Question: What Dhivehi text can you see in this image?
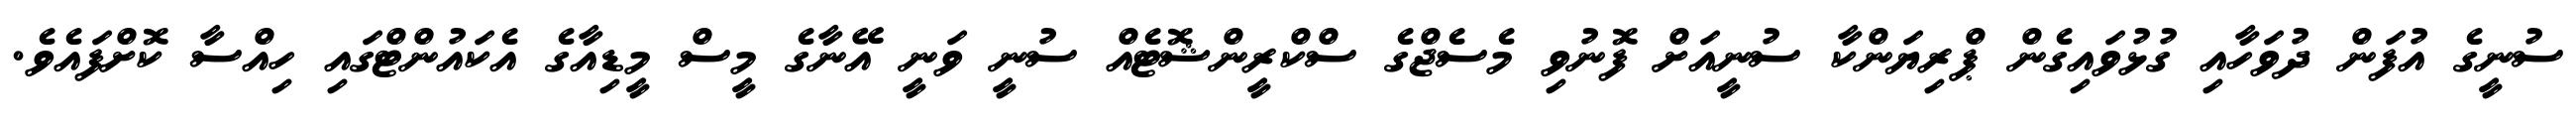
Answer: ސުނީގެ އުފަން ދުވަހާއި ގުޅުވައިގެން ޕްރިޔަންކާ ސުނީއަށް ފޮނުވި މެސެޖްގެ ސްކްރީންޝޮޓެއް ސުނީ ވަނީ އޭނާގެ މީސް މީޑިއާގެ އެކައުންޓްގައި ހިއްސާ ކޮށްފައެވެ.